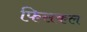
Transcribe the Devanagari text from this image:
फिसकल